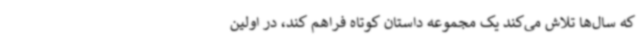
که سال‌ها تلاش می‌کند یک مجموعه داستان کوتاه فراهم کند، در اولین